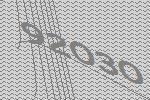
92030